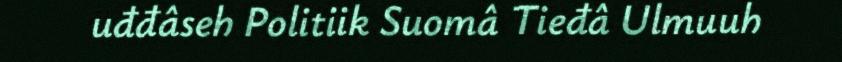
uđđâseh Politiik Suomâ Tieđâ Ulmuuh